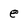
Character: e